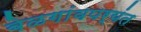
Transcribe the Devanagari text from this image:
बेळगांवपर्यंत